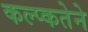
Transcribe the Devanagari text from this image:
कल्प्कतेने